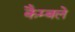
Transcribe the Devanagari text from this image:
कैम्बले